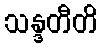
သန္ဒတီတိ